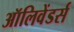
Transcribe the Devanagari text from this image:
ऑलिवेंडर्स